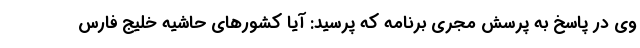
وی در پاسخ به پرسش مجری برنامه که پرسید: آیا کشورهای حاشیه خلیج فارس